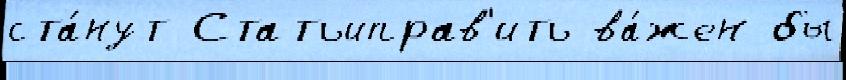
ста́нут Статьиправ'ить ва́жен бы